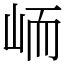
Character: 峏